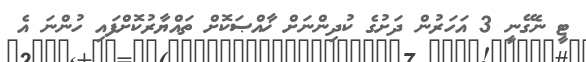
ޓީ ނެގޭނީ 3 އަހަރުން ދަށުގެ ކުދިންނަށް ޚާއްޞަކޮށް ތައްޔާރުކޮށްފައި ހުންނަ އެ